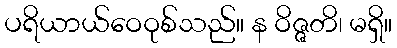
ပရိယာယ်ဝေဝုစ်သည်။ န ဝိဇ္ဇတိ၊ မရှိ။